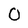
Character: 0